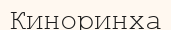
Киноринха